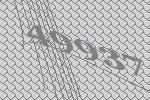
49937